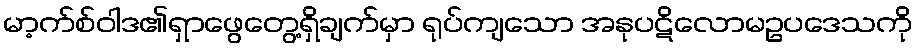
မာ့က်စ်ဝါဒ၏ရှာဖွေတွေ့ရှိချက်မှာ ရုပ်ကျသော အနုပဋိလောမဥပဒေသကို